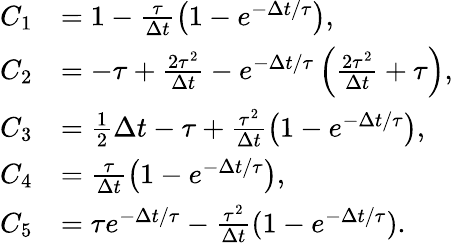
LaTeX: \begin{array}{rl}{C_{1}}&{=1-\frac{\tau}{\Delta t}\left(1-e^{-\Delta t/\tau}\right),}\\ {C_{2}}&{=-\tau+\frac{2\tau^{2}}{\Delta t}-e^{-\Delta t/\tau}\left(\frac{2\tau^{2}}{\Delta t}+\tau\right),}\\ {C_{3}}&{=\frac 12\Delta t-\tau+\frac{\tau^{2}}{\Delta t}\left(1-e^{-\Delta t/\tau}\right),}\\ {C_{4}}&{=\frac{\tau}{\Delta t}\left(1-e^{-\Delta t/\tau}\right),}\\ {C_{5}}&{=\tau e^{-\Delta t/\tau}-\frac{\tau^{2}}{\Delta t}(1-e^{-\Delta t/\tau}).}\end{array}